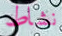
نشاط